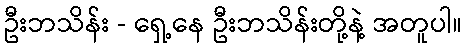
ဦးဘသိန်း - ရှေ့နေ ဦးဘသိန်းတို့နဲ့ အတူပါ။